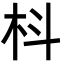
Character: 枓